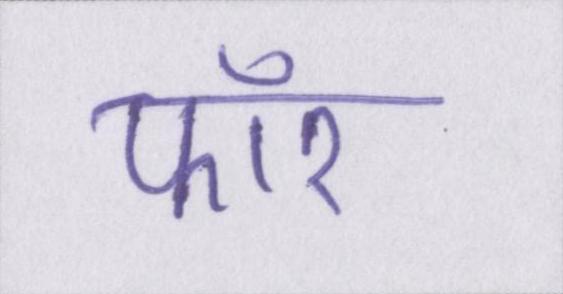
फॉर